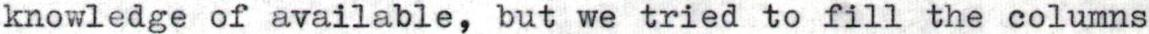
knowledge of available, but we tried to fill the columns